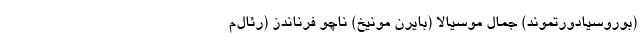
(بوروسیادورتموند) جمال موسیالا (بایرن مونیخ) ناچو فرناندز (رئال‌م